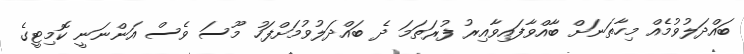
ބައްދަލުވުމެއް މިހާތަނަށް ބާއްވާފައިވާއިރު ފުރަތަމަ ދެ ބައްދަލުވުމަށްފަހު މޫސަ ވެސް އަންނަނީ ކޮމިޓީގެ